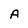
Character: A